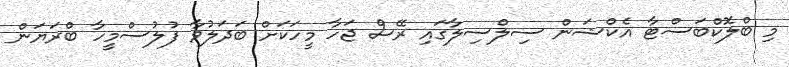
މި ބްލޮކްބަސްޓާ އެކްޝަން ސިލްސިލާގައި ރޭސް ޖަހާ މީހަކަށް ބަދަލުވާ ފުލުސްމީހާ ބްރަޔަން